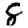
Digit: 8